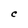
Character: C